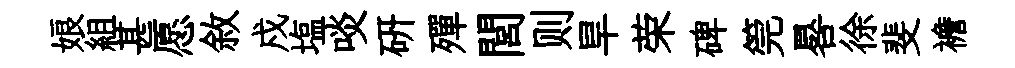
娘組甚愿敘戍塩啖研殫閭则旱荣碑筦晷徐斐襜